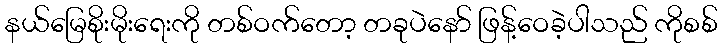
နယ်မြေစိုးမိုးရေးကို တစ်ဝက်တော့ တခုပဲနော် ဖြန့်ဝေခဲ့ပါသည် ကိုစစ်